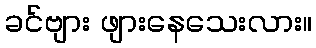
ခင်ဗျား ဖျားနေသေးလား။